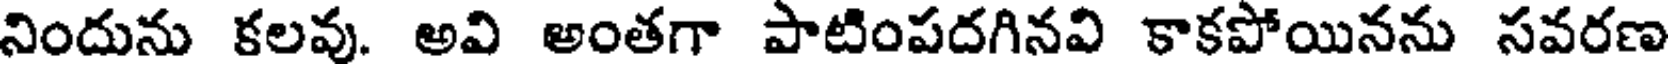
నిందును కలవు. అవి అంతగా పాటింపదగినవి కాకపోయినను సవరణ